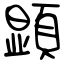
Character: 顕